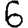
Digit: 6